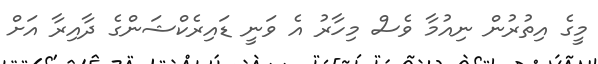
މީގެ އިތުރުން ނިއުމާ ވެސް މިހާރު އެ ވަނީ ޑައިރެކްޝަންގެ ދާއިރާ އަށް